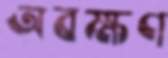
অবক্ষণ